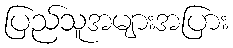
ပြည်သူအများအပြား